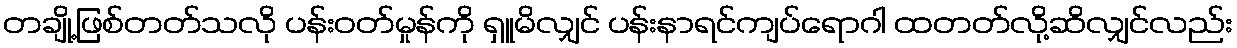
တချို့ဖြစ်တတ်သလို ပန်းဝတ်မှုန်ကို ရှူမိလျှင် ပန်းနာရင်ကျပ်ရောဂါ ထတတ်လို့ဆိလျှင်လည်း